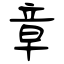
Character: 章